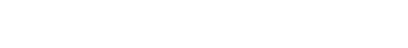
သို့ရာတွင် သူတို့၏ နောက်ကြောင်းကို မည်သူမျှ မသိကြ။